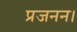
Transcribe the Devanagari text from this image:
प्रजनन।